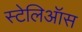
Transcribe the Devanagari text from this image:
स्टेलिऑस